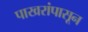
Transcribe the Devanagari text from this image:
पाखरांपासून